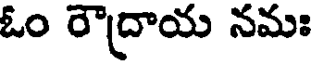
ఓం రౌద్రాయ నమః